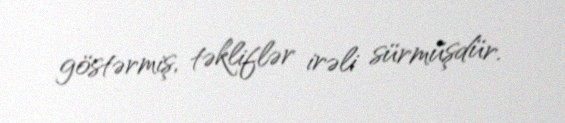
göstərmiş, təkliflər irəli sürmüşdür.